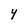
Character: 4